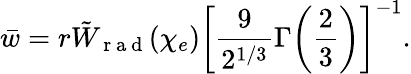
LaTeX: \bar{w}=r\tilde{W}_{\mathrm{~r~a~d~}}(\chi_{e})\biggl[\frac{9}{2^{1/3}}\Gamma\biggl(\frac{2}{3}\biggr)\biggr]^{-1}.